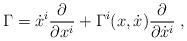
LaTeX: \begin{align*}\Gamma=\dot{x}^i\frac{\partial}{\partial x^i}+\Gamma^i(x, \dot{x})\frac{\partial}{\partial \dot{x}^i}\; ,\end{align*}